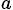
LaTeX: _a